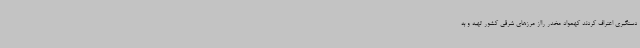
دستگیری اعتراف کردند کهمواد مخدر رااز مرزهای شرقی کشور تهیه و به